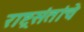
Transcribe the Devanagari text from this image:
राष्ट्रसंतांचे